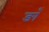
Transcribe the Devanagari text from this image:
ङाँ